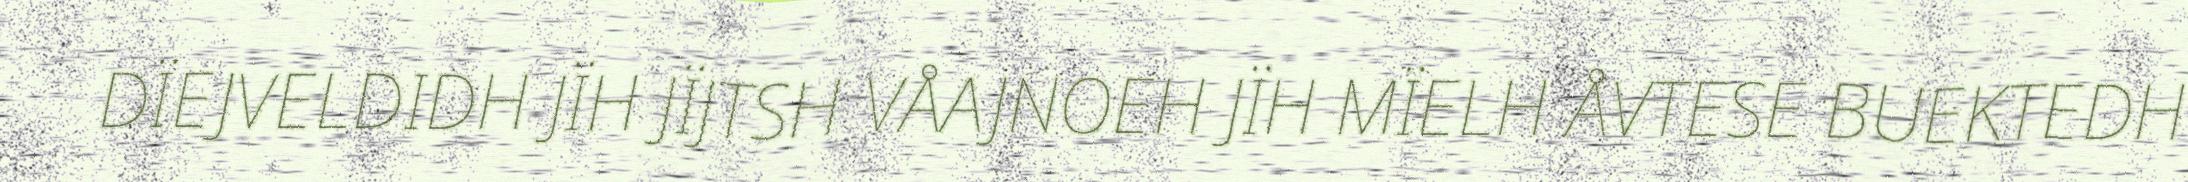
DÏEJVELDIDH JÏH JÏJTSH VÅAJNOEH JÏH MÏELH ÅVTESE BUEKTEDH